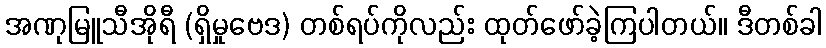
အဏုမြူသီအိုရီ (ရှိမှုဗေဒ) တစ်ရပ်ကိုလည်း ထုတ်ဖော်ခဲ့ကြပါတယ်။ ဒီတစ်ခါ